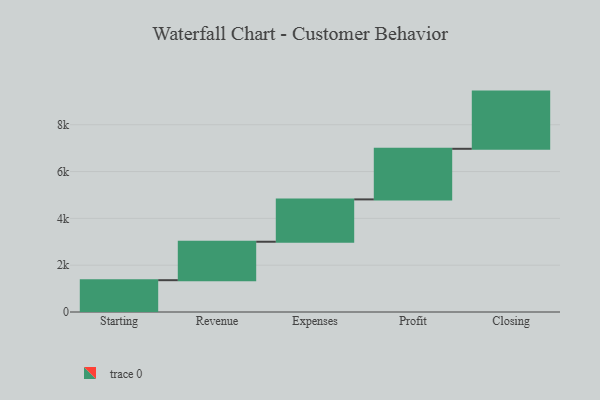
{"axis": {"x": "Step", "y": "Value"}, "legend": [""], "data": [{"x": "Starting", "y": 1359.0, "type": ""}, {"x": "Revenue", "y": 1643.0, "type": ""}, {"x": "Expenses", "y": 1809.0, "type": ""}, {"x": "Profit", "y": 2162.0, "type": ""}, {"x": "Closing", "y": 2444.0, "type": ""}]}